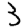
Digit: 3